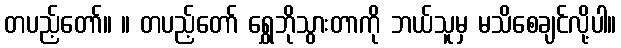
တပည့်တော်။ ။ တပည့်တော် ရွှေဘိုသွားတာကို ဘယ်သူမှ မသိစေချင်လို့ပါ။